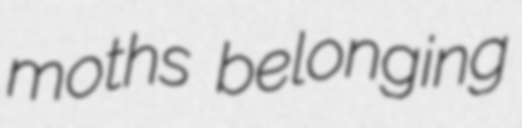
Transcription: moths belonging